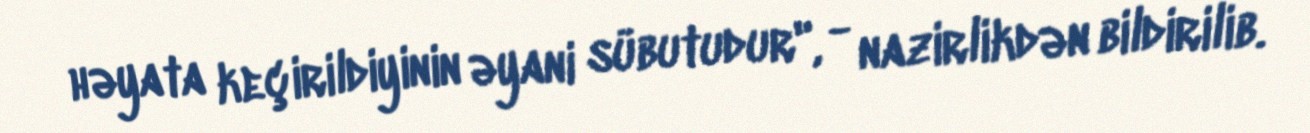
həyata keçirildiyinin əyani sübutudur", - nazirlikdən bildirilib.